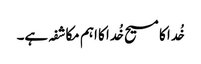
خُدا کا مسیح خُدا کا اہم مکاشفہ ہے۔